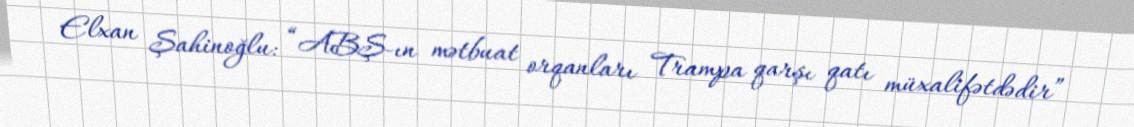
Elxan Şahinoğlu: “ABŞ-ın mətbuat orqanları Trampa qarşı qatı müxalifətdədir”